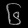
Digit: ၆